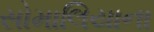
સોમાલિયાના